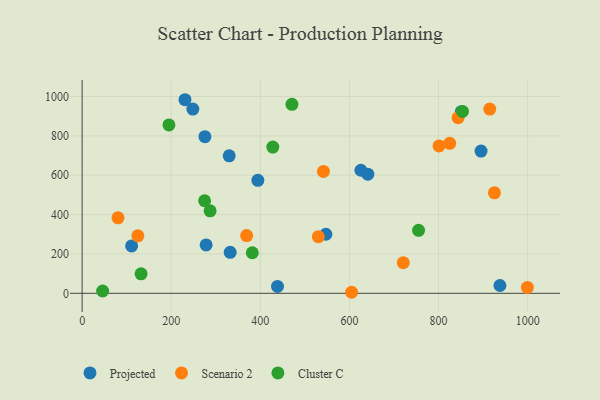
{"axis": {"x": "Investment", "y": "Yield"}, "legend": ["Cluster C", "Projected", "Scenario 2"], "data": [{"x": "851.0", "y": 922.9, "type": "Projected"}, {"x": "895.3", "y": 722.8, "type": "Projected"}, {"x": "330.1", "y": 698.3, "type": "Projected"}, {"x": "547.1", "y": 300.0, "type": "Projected"}, {"x": "641.2", "y": 605.5, "type": "Projected"}, {"x": "394.4", "y": 573.8, "type": "Projected"}, {"x": "438.5", "y": 34.9, "type": "Projected"}, {"x": "278.3", "y": 245.7, "type": "Projected"}, {"x": "332.3", "y": 208.4, "type": "Projected"}, {"x": "111.1", "y": 240.7, "type": "Projected"}, {"x": "275.6", "y": 795.9, "type": "Projected"}, {"x": "230.8", "y": 983.6, "type": "Projected"}, {"x": "625.7", "y": 625.2, "type": "Projected"}, {"x": "248.5", "y": 936.0, "type": "Projected"}, {"x": "937.7", "y": 39.5, "type": "Projected"}, {"x": "80.5", "y": 383.7, "type": "Scenario 2"}, {"x": "925.4", "y": 510.6, "type": "Scenario 2"}, {"x": "604.8", "y": 5.2, "type": "Scenario 2"}, {"x": "369.2", "y": 293.5, "type": "Scenario 2"}, {"x": "720.8", "y": 155.8, "type": "Scenario 2"}, {"x": "914.8", "y": 936.0, "type": "Scenario 2"}, {"x": "541.6", "y": 619.3, "type": "Scenario 2"}, {"x": "530.1", "y": 287.6, "type": "Scenario 2"}, {"x": "801.0", "y": 748.9, "type": "Scenario 2"}, {"x": "125.1", "y": 292.1, "type": "Scenario 2"}, {"x": "825.0", "y": 762.1, "type": "Scenario 2"}, {"x": "999.3", "y": 29.7, "type": "Scenario 2"}, {"x": "843.8", "y": 892.3, "type": "Scenario 2"}, {"x": "274.9", "y": 470.2, "type": "Cluster C"}, {"x": "194.8", "y": 855.8, "type": "Cluster C"}, {"x": "853.6", "y": 924.1, "type": "Cluster C"}, {"x": "470.9", "y": 960.3, "type": "Cluster C"}, {"x": "381.9", "y": 206.1, "type": "Cluster C"}, {"x": "46.0", "y": 11.8, "type": "Cluster C"}, {"x": "755.1", "y": 320.1, "type": "Cluster C"}, {"x": "428.0", "y": 742.8, "type": "Cluster C"}, {"x": "132.3", "y": 99.1, "type": "Cluster C"}, {"x": "287.2", "y": 419.3, "type": "Cluster C"}]}